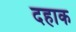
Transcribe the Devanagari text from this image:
दहाक